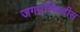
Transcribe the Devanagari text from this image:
जगप्रसिध्दीस